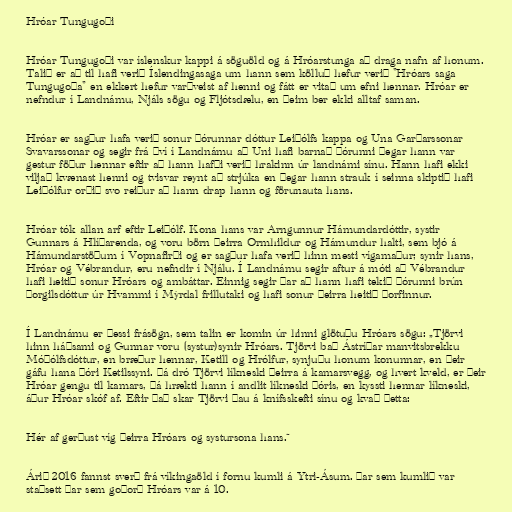
Hróar Tungugoði

Hróar Tungugoði var íslenskur kappi á söguöld og á Hróarstunga að draga nafn af honum.
Talið er að til hafi verið Íslendingasaga um hann sem kölluð hefur verið "Hróars saga
Tungugoða" en ekkert hefur varðveist af henni og fátt er vitað um efni hennar. Hróar er
nefndur í Landnámu, Njáls sögu og Fljótsdælu, en þeim ber ekki alltaf saman.

Hróar er sagður hafa verið sonur Þórunnar dóttur Leiðólfs kappa og Una Garðarssonar
Svavarssonar og segir frá því í Landnámu að Uni hafi barnað Þórunni þegar hann var
gestur föður hennar eftir að hann hafði verið hrakinn úr landnámi sínu. Hann hafi ekki
viljað kvænast henni og tvisvar reynt að strjúka en þegar hann strauk í seinna skiptið hafi
Leiðólfur orðið svo reiður að hann drap hann og förunauta hans.

Hróar tók allan arf eftir Leiðólf. Kona hans var Arngunnur Hámundardóttir, systir
Gunnars á Hlíðarenda, og voru börn þeirra Ormhildur og Hámundur halti, sem bjó á
Hámundarstöðum í Vopnafirði og er sagður hafa verið hinn mesti vígamaður; synir hans,
Hróar og Vébrandur, eru nefndir í Njálu. Í Landnámu segir aftur á móti að Vébrandur
hafi heitið sonur Hróars og ambáttar. Einnig segir þar að hann hafi tekið Þórunni brún
Þorgilsdóttur úr Hvammi í Mýrdal frillutaki og hafi sonur þeirra heitið Þorfinnur.

Í Landnámu er þessi frásögn, sem talin er komin úr hinni glötuðu Hróars sögu: „Tjörvi
hinn háðsami og Gunnar voru (systur)synir Hróars. Tjörvi bað Ástríðar manvitsbrekku
Móðólfsdóttur, en bræður hennar, Ketill og Hrólfur, synjuðu honum konunnar, en þeir
gáfu hana Þóri Ketilssyni. Þá dró Tjörvi líkneski þeirra á kamarsvegg, og hvert kveld, er þeir
Hróar gengu til kamars, þá hrækti hann í andlit líkneski Þóris, en kyssti hennar líkneski,
áður Hróar skóf af. Eftir það skar Tjörvi þau á knífsskefti sínu og kvað þetta:

Hér af gerðust víg þeirra Hróars og systursona hans.“

Árið 2016 fannst sverð frá víkingaöld í fornu kumli á Ytri-Ásum. Þar sem kumlið var
staðsett þar sem goðorð Hróars var á 10.